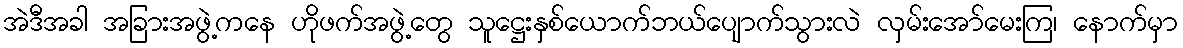
အဲဒီအခါ အခြားအဖွဲ့ကနေ ဟိုဖက်အဖွဲ့တွေ သူဋ္ဌေးနှစ်ယောက်ဘယ်ပျောက်သွားလဲ လှမ်းအော်မေးကြ၊ နောက်မှာ